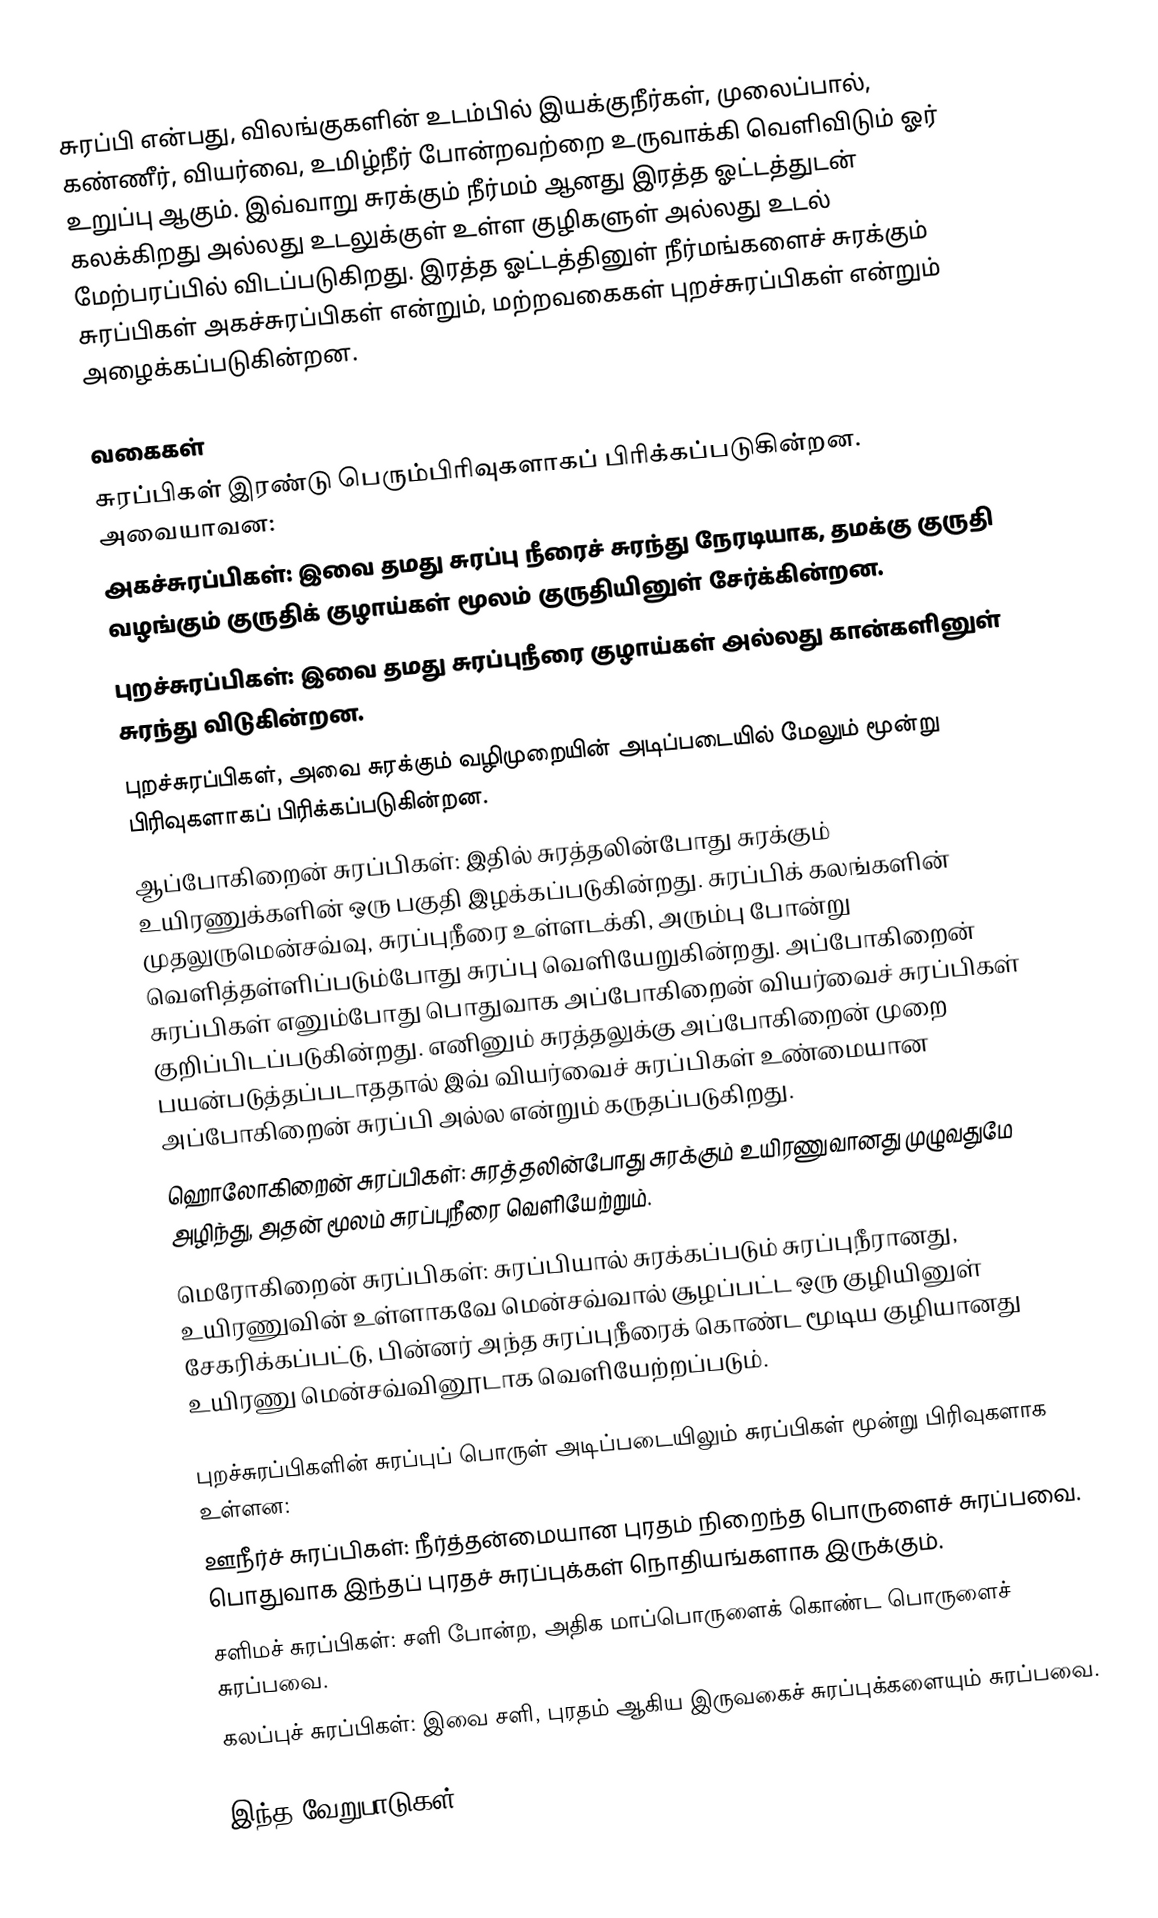
சுரப்பி என்பது, விலங்குகளின் உடம்பில் இயக்குநீர்கள், முலைப்பால், கண்ணீர், வியர்வை, உமிழ்நீர் போன்றவற்றை உருவாக்கி வெளிவிடும் ஓர் உறுப்பு ஆகும். இவ்வாறு சுரக்கும் நீர்மம் ஆனது இரத்த ஓட்டத்துடன் கலக்கிறது அல்லது உடலுக்குள் உள்ள குழிகளுள் அல்லது உடல் மேற்பரப்பில் விடப்படுகிறது. இரத்த ஓட்டத்தினுள் நீர்மங்களைச் சுரக்கும் சுரப்பிகள் அகச்சுரப்பிகள் என்றும், மற்றவகைகள் புறச்சுரப்பிகள் என்றும் அழைக்கப்படுகின்றன.

வகைகள்
சுரப்பிகள் இரண்டு பெரும்பிரிவுகளாகப் பிரிக்கப்படுகின்றன. அவையாவன:
 அகச்சுரப்பிகள்: இவை தமது சுரப்பு நீரைச் சுரந்து நேரடியாக, தமக்கு குருதி வழங்கும் குருதிக் குழாய்கள் மூலம் குருதியினுள் சேர்க்கின்றன.
 புறச்சுரப்பிகள்: இவை தமது சுரப்புநீரை குழாய்கள் அல்லது கான்களினுள் சுரந்து விடுகின்றன.
புறச்சுரப்பிகள், அவை சுரக்கும் வழிமுறையின் அடிப்படையில் மேலும் மூன்று பிரிவுகளாகப் பிரிக்கப்படுகின்றன.
 ஆப்போகிறைன் சுரப்பிகள்: இதில் சுரத்தலின்போது சுரக்கும் உயிரணுக்களின் ஒரு பகுதி இழக்கப்படுகின்றது. சுரப்பிக் கலங்களின் முதலுருமென்சவ்வு, சுரப்புநீரை உள்ளடக்கி, அரும்பு போன்று வெளித்தள்ளிப்படும்போது சுரப்பு வெளியேறுகின்றது. அப்போகிறைன் சுரப்பிகள் எனும்போது பொதுவாக அப்போகிறைன் வியர்வைச் சுரப்பிகள் குறிப்பிடப்படுகின்றது. எனினும் சுரத்தலுக்கு அப்போகிறைன் முறை பயன்படுத்தப்படாததால் இவ் வியர்வைச் சுரப்பிகள் உண்மையான அப்போகிறைன் சுரப்பி அல்ல என்றும் கருதப்படுகிறது.
 ஹொலோகிறைன் சுரப்பிகள்: சுரத்தலின்போது சுரக்கும் உயிரணுவானது முழுவதுமே அழிந்து, அதன் மூலம் சுரப்புநீரை வெளியேற்றும்.
 மெரோகிறைன் சுரப்பிகள்: சுரப்பியால் சுரக்கப்படும் சுரப்புநீரானது, உயிரணுவின் உள்ளாகவே மென்சவ்வால் சூழப்பட்ட ஒரு குழியினுள் சேகரிக்கப்பட்டு, பின்னர் அந்த சுரப்புநீரைக் கொண்ட மூடிய குழியானது உயிரணு மென்சவ்வினூடாக வெளியேற்றப்படும்.

புறச்சுரப்பிகளின் சுரப்புப் பொருள் அடிப்படையிலும் சுரப்பிகள் மூன்று பிரிவுகளாக உள்ளன:
 ஊநீர்ச் சுரப்பிகள்: நீர்த்தன்மையான புரதம் நிறைந்த பொருளைச் சுரப்பவை. பொதுவாக இந்தப் புரதச் சுரப்புக்கள் நொதியங்களாக இருக்கும்.
 சளிமச் சுரப்பிகள்: சளி போன்ற, அதிக மாப்பொருளைக் கொண்ட பொருளைச் சுரப்பவை.
 கலப்புச் சுரப்பிகள்: இவை சளி, புரதம் ஆகிய இருவகைச் சுரப்புக்களையும் சுரப்பவை.

இந்த வேறுபாடுகள்